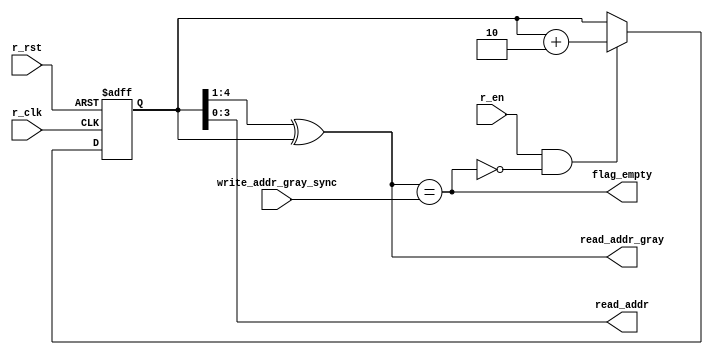
module read_empty
    #(
        parameter DATAIN_WIDTH   = 10'd16, //input data's width, must equel to RAM's width
        parameter DATAOUT_WIDTH  = 10'd32, //output data's width
        parameter FIFO_DEPTH_BIT = 10'd4
    )
    (
        input                         r_clk,
        input                         r_rst,
        input                         r_en,
        input [FIFO_DEPTH_BIT:0]      write_addr_gray_sync,

        output                        flag_empty,
        output [FIFO_DEPTH_BIT-1:0]   read_addr,
        output [FIFO_DEPTH_BIT:0]     read_addr_gray
    );

    parameter MUL_FACTOR = DATAOUT_WIDTH/DATAIN_WIDTH; //multi factor
    parameter DIV_FACTOR = DATAIN_WIDTH/DATAOUT_WIDTH; //div factor 

    reg  [FIFO_DEPTH_BIT:0] read_addr_bin; //expand read_addr for 1bit
    reg  [FIFO_DEPTH_BIT:0] i, count;
    //reg                     r_en_delay_1, r_en_delay_2;

    always @(posedge r_clk or posedge r_rst) begin // read_addr pointer add 1 atumatically
        if(r_rst) begin
            count <= 0;
            read_addr_bin <= 0;
        end
        else if(r_en && (!flag_empty)) begin
            if((MUL_FACTOR==5'd2) && (!DIV_FACTOR))
                read_addr_bin <= read_addr_bin + 3'd2;
            else if((DIV_FACTOR==5'd2) && (!MUL_FACTOR)) begin
                if(count==1) 
                    read_addr_bin <= read_addr_bin + 1'd1;
                else 
                    read_addr_bin <= read_addr_bin;
                count <= (count==DIV_FACTOR-1) ? 0 : count+1;
            end
                 
            else 
                read_addr_bin <= read_addr_bin + 1'd1;
        end
        else
            read_addr_bin <= read_addr_bin;
    end
    
    assign read_addr_gray = (read_addr_bin>>1) ^ read_addr_bin;                // binary to gray
    assign flag_empty     = (read_addr_gray == write_addr_gray_sync);  // produce flag_empty signal
    assign read_addr      = read_addr_bin[FIFO_DEPTH_BIT-1:0];         //assign write_addr, cut 1 bit of read_addr_bin

endmodule